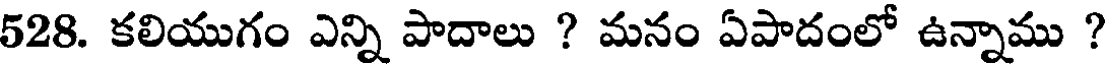
528. కలియుగం ఎన్ని పాదాలు ? మనం ఏపాదంలో ఉన్నాము ?